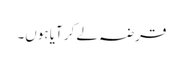
قرضہ لے کر آیا ہوں۔